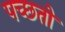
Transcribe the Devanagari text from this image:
पच्छतो